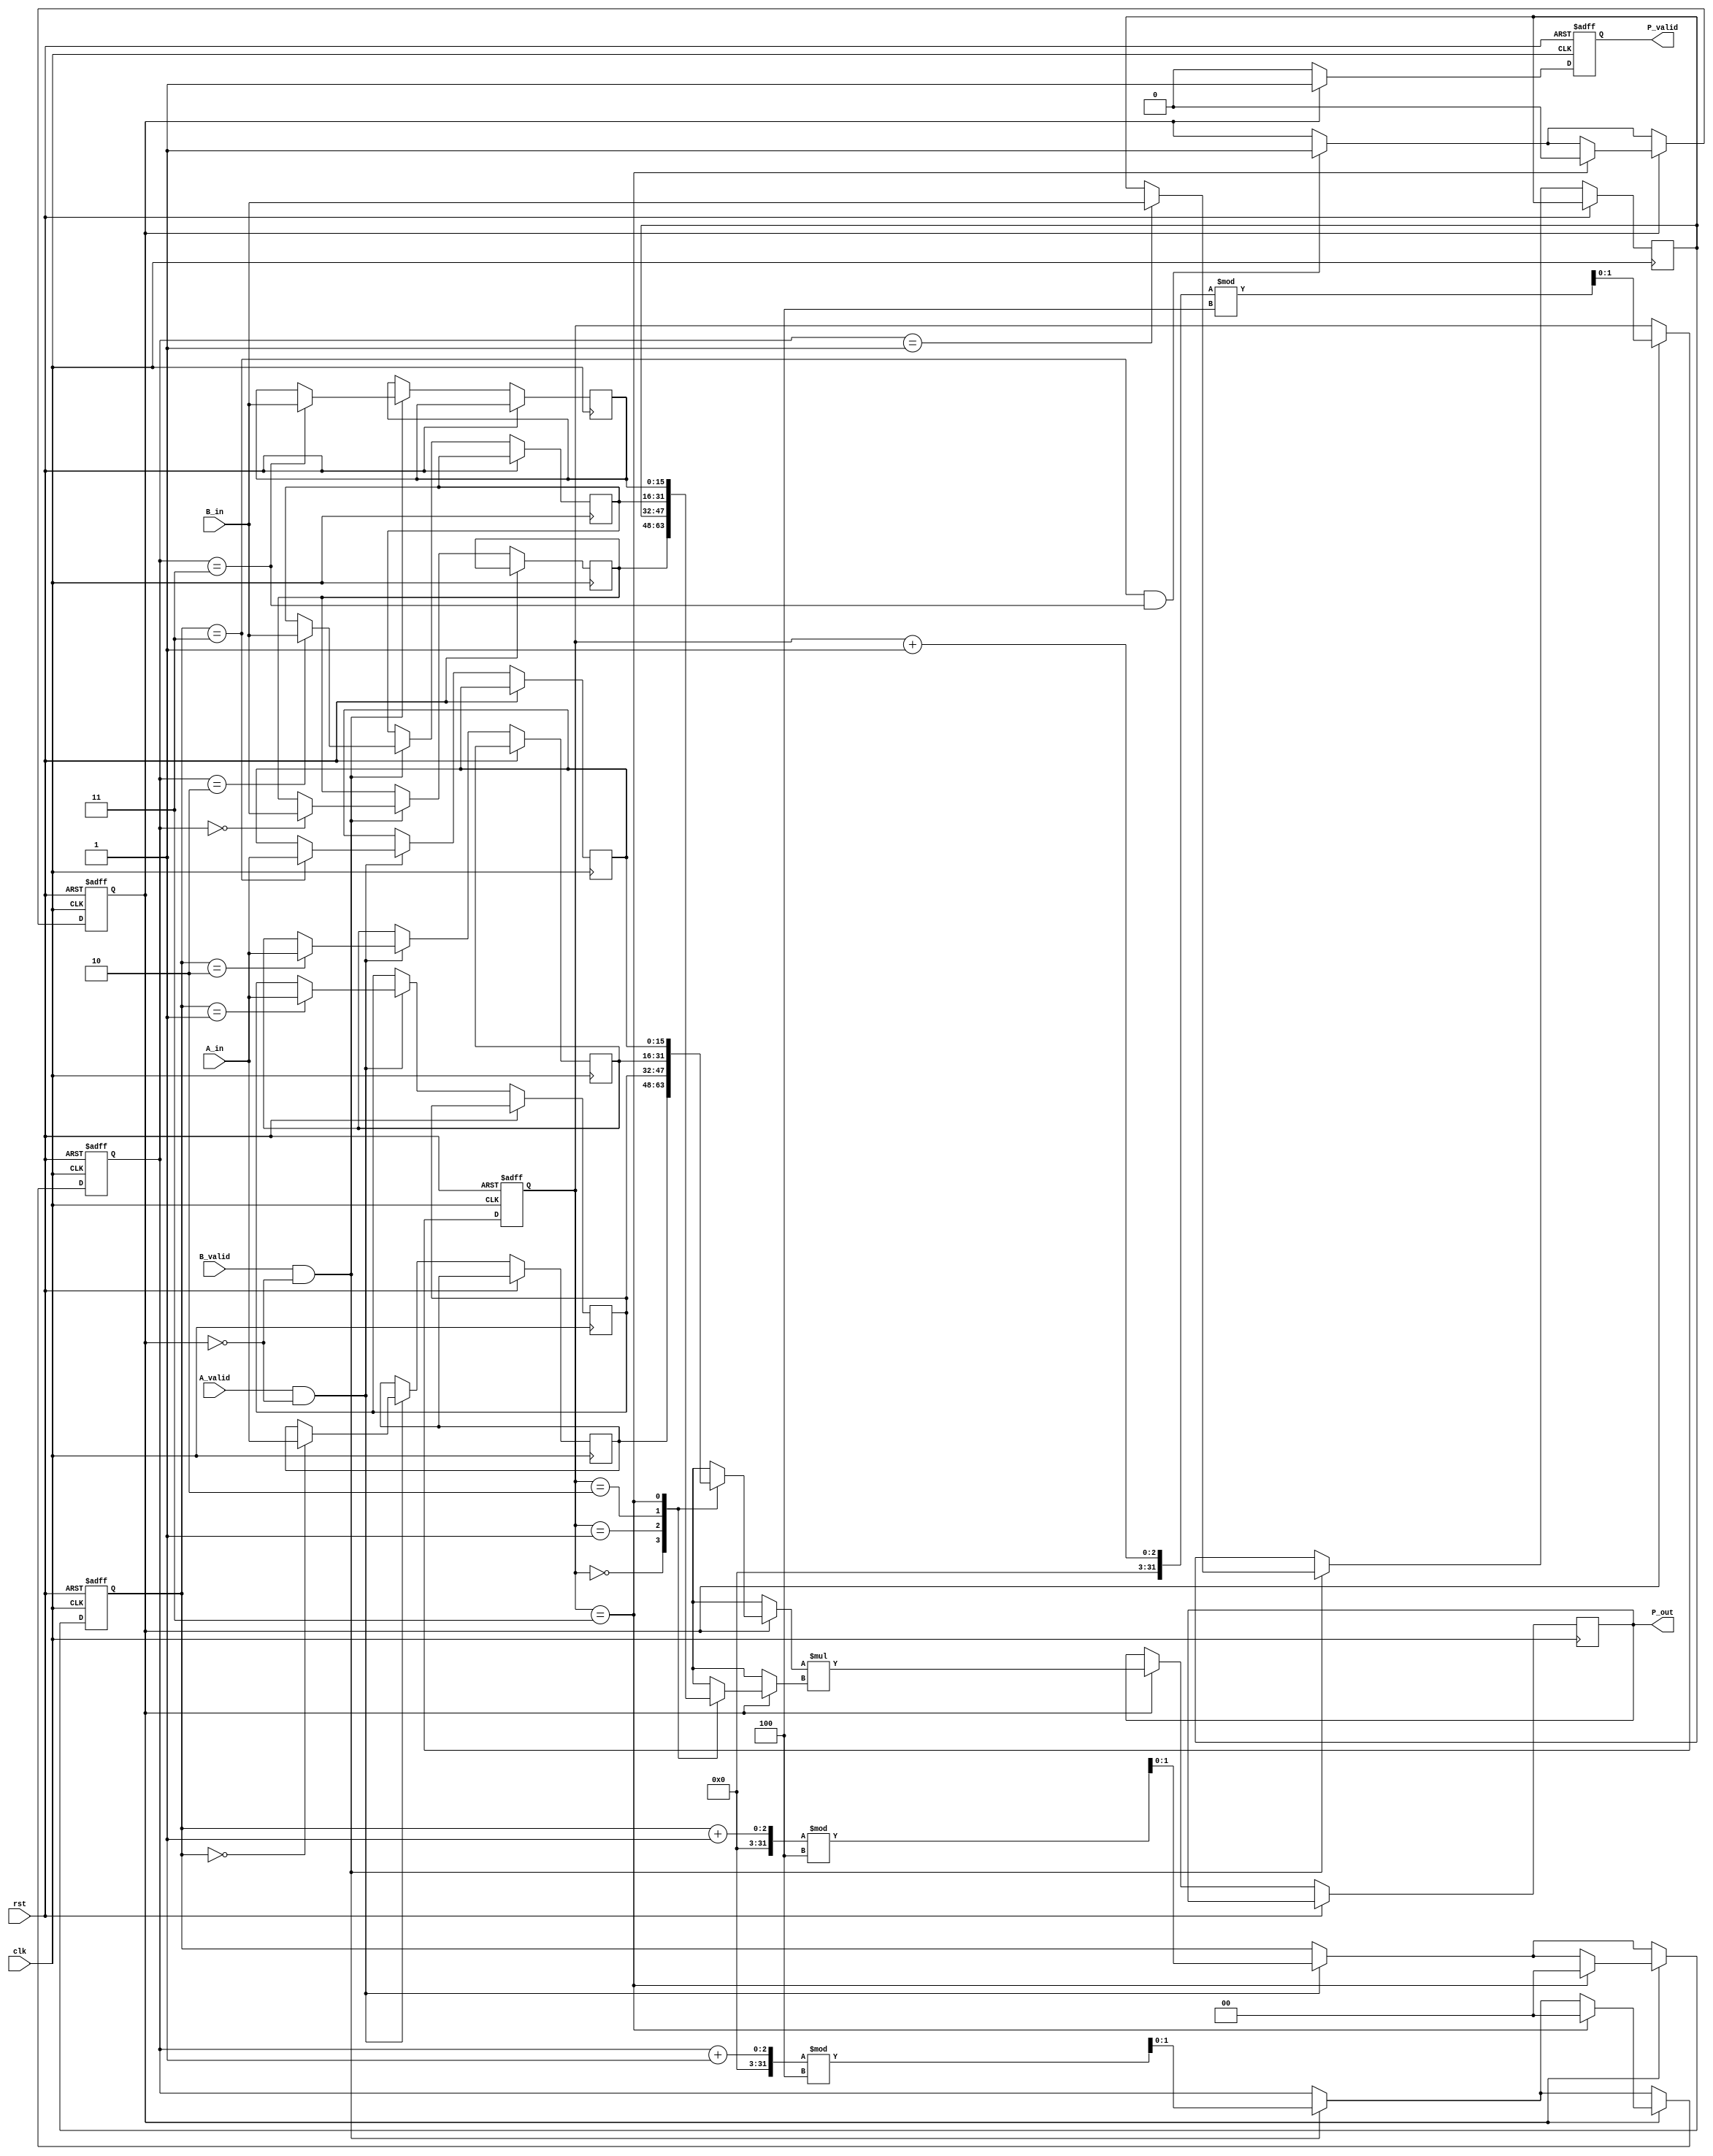
module streaming_multiplier #(
    parameter DATA_WIDTH = 16,  // Bit-width of inputs and outputs
    parameter BUFFER_SIZE = 4    // Number of samples in input buffers
)(
    input wire clk,              // Clock signal
    input wire rst,              // Reset signal
    input wire [DATA_WIDTH-1:0] A_in, // Input stream A
    input wire [DATA_WIDTH-1:0] B_in, // Input stream B
    input wire A_valid,          // Valid signal for input A
    input wire B_valid,          // Valid signal for input B
    output reg [2*DATA_WIDTH-1:0] P_out, // Output product
    output reg P_valid           // Valid signal for output P
);

    // Internal signals
    reg [DATA_WIDTH-1:0] A_buffer [0:BUFFER_SIZE-1]; // Input buffer for A
    reg [DATA_WIDTH-1:0] B_buffer [0:BUFFER_SIZE-1]; // Input buffer for B
    reg [1:0] A_ptr; // Pointer for A buffer
    reg [1:0] B_ptr; // Pointer for B buffer
    reg [1:0] out_ptr; // Pointer for output buffer
    reg buffer_full; // Flag to indicate buffer full condition

    // Control Logic
    always @(posedge clk or posedge rst) begin
        if (rst) begin
            A_ptr <= 0;
            B_ptr <= 0;
            out_ptr <= 0;
            P_valid <= 0;
            buffer_full <= 0;
        end else begin
            // Buffering
            if (A_valid && !buffer_full) begin
                A_buffer[A_ptr] <= A_in;
                A_ptr <= (A_ptr + 1) % BUFFER_SIZE;
            end
            
            if (B_valid && !buffer_full) begin
                B_buffer[B_ptr] <= B_in;
                B_ptr <= (B_ptr + 1) % BUFFER_SIZE;
            end
            
            // Check if both buffers are full
            if (A_ptr == (BUFFER_SIZE - 1) && B_ptr == (BUFFER_SIZE - 1)) begin
                buffer_full <= 1;
            end

            // Multiplication
            if (buffer_full) begin
                P_out <= A_buffer[out_ptr] * B_buffer[out_ptr];
                P_valid <= 1;
                out_ptr <= (out_ptr + 1) % BUFFER_SIZE;

                // Reset buffer_full flag if we have processed all samples
                if (out_ptr == (BUFFER_SIZE - 1)) begin
                    buffer_full <= 0;
                    A_ptr <= 0; // Reset A pointer
                    B_ptr <= 0; // Reset B pointer
                end
            end else begin
                P_valid <= 0; // No valid output if not full
            end
        end
    end

endmodule